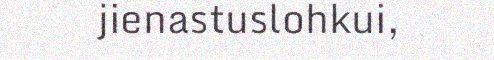
jienastuslohkui,